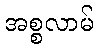
အစ္စလာမ်